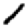
Digit: 1